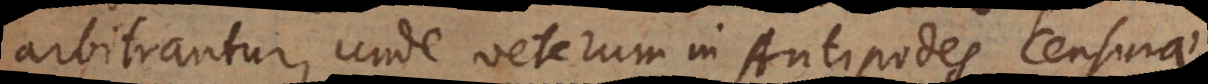
arbitrantur, unde veterum in Antipodes censurae